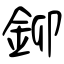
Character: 鉚